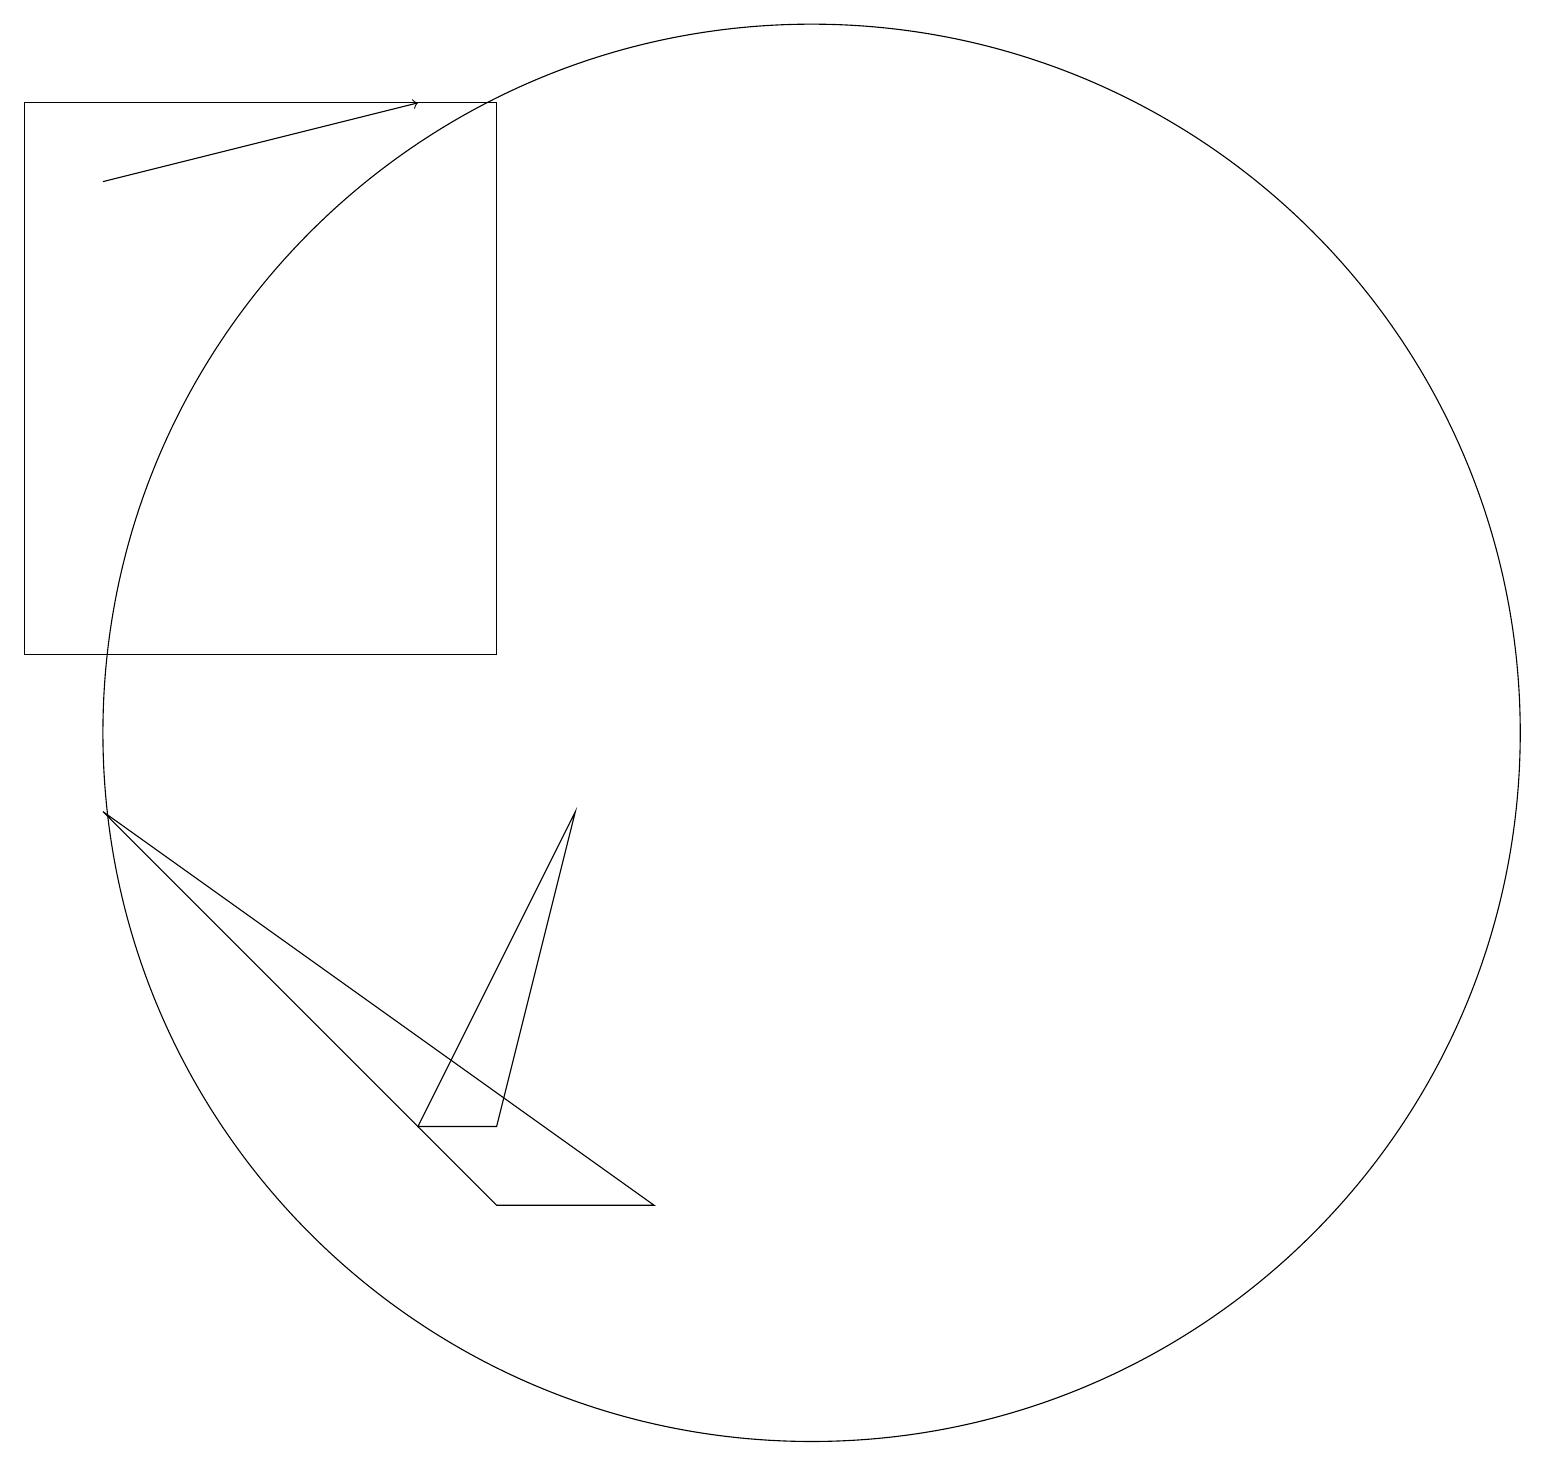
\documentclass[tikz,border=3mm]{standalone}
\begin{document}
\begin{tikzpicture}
\draw (6,11) rectangle (0,18);
\draw (8,4) -- (6,4) -- (1,9) -- cycle;
\draw (10,10) circle (9);
\draw[->] (1,17) -- (5,18);
\draw (5,5) -- (6,5) -- (7,9) -- cycle;
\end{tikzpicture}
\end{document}